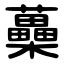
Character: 蘽